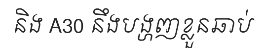
និង A30 នឹងបង្ហញខ្លួនឆាប់